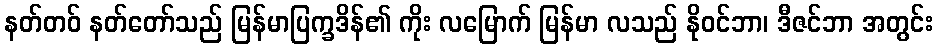
နတ်တဝ် နတ်တော်သည် မြန်မာပြက္ခဒိန်၏ ကိုး လမြောက် မြန်မာ လသည် နိုဝင်ဘာ၊ ဒီဇင်ဘာ အတွင်း